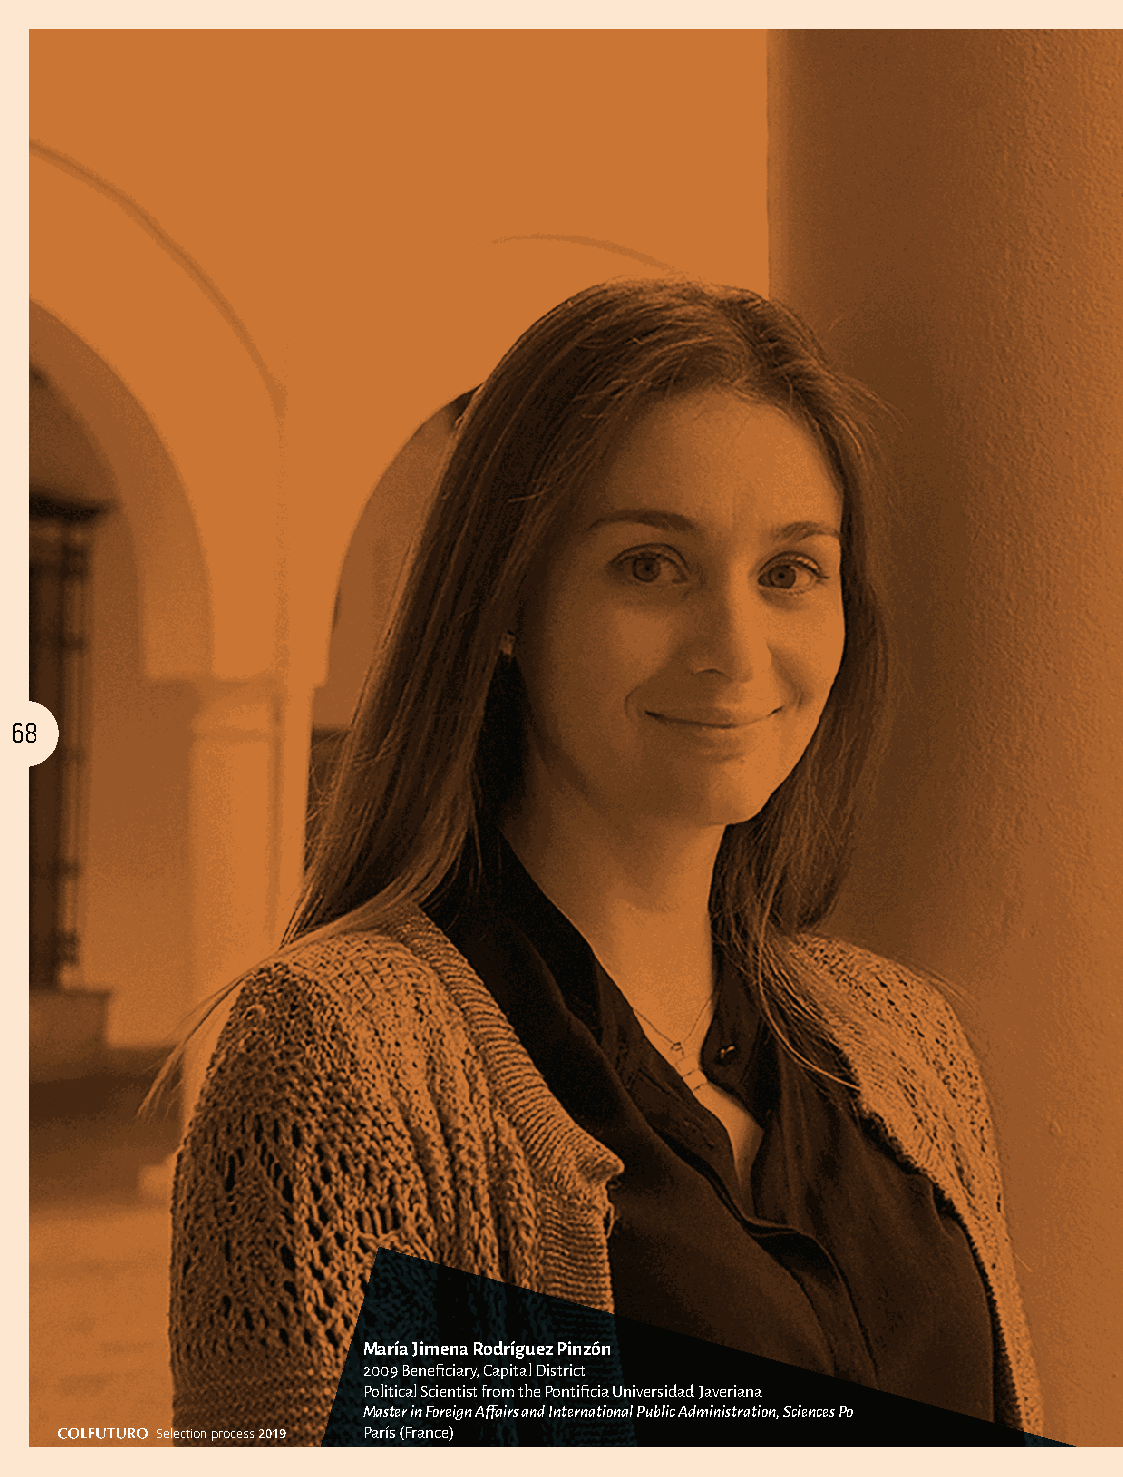
68
 María Jimena Rodríguez Pinzón
 2009 Beneficiary, Capital District
 Political Scientist from the Pontificia Universidad Javeriana
 Master in Foreign Affairs and International Public Administration, Sciences Po
 Selection process 2019 París (France)